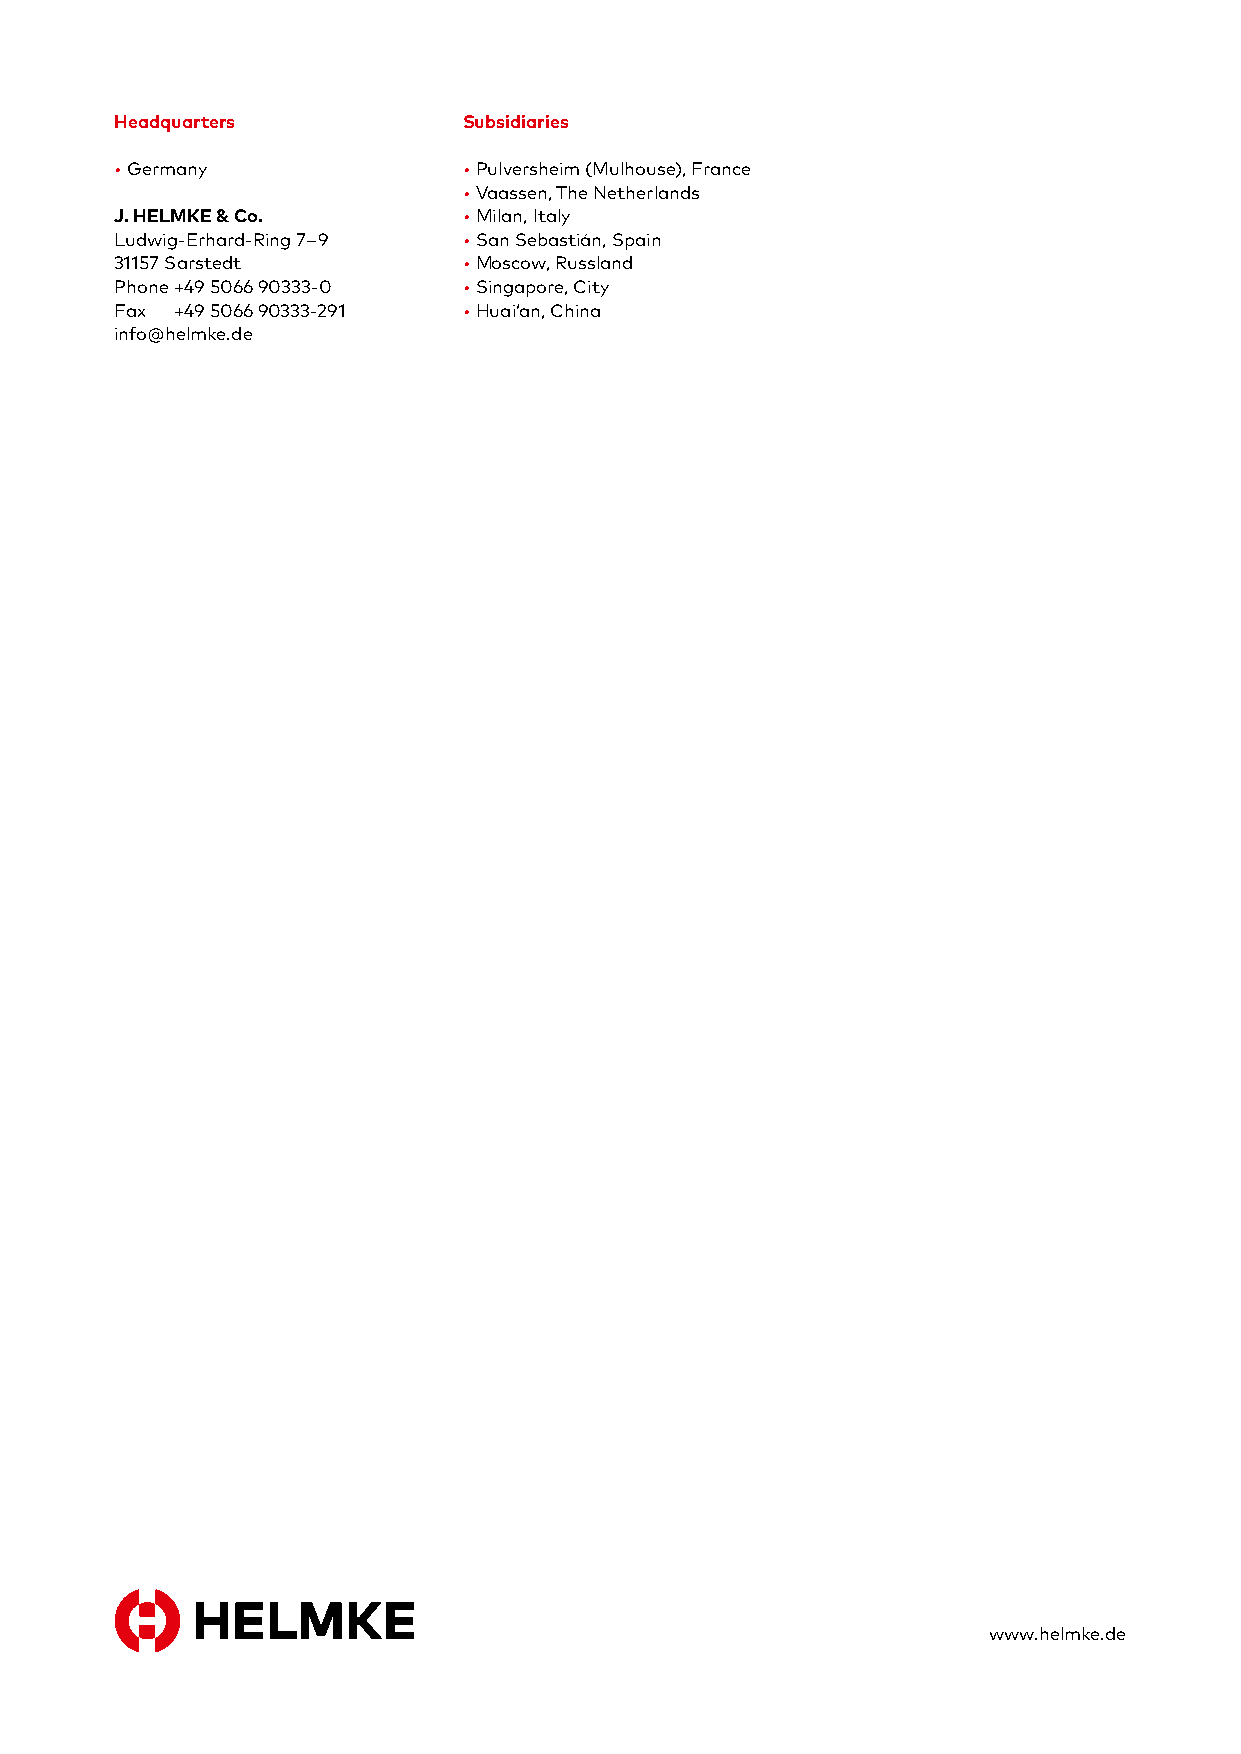
Headquarters           Subsidiaries
 • Germany              • Pulversheim (Mulhouse), France
 • Vaassen, The Netherlands
 J. HELMKE & Co.        • Milan, Italy
 Ludwig-Erhard-Ring 7 – 9 • San Sebastián, Spain
 31157 Sarstedt         • Moscow, Russland
 Phone +49 5066 90333-0 • Singapore, City
 Fax +49 5066 90333-291 • Huai’an, China
 info@helmke.de
 www.helmke.de